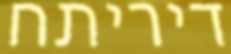
דיריתח